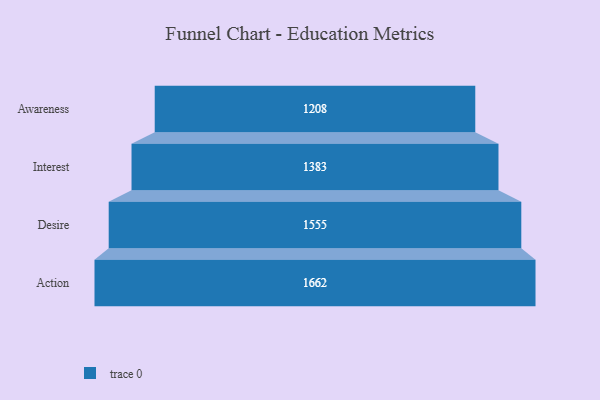
{"axis": {"x": "Stage", "y": "Value"}, "legend": [""], "data": [{"x": "Awareness", "y": 1208.0, "type": ""}, {"x": "Interest", "y": 1383.0, "type": ""}, {"x": "Desire", "y": 1555.0, "type": ""}, {"x": "Action", "y": 1662.0, "type": ""}]}